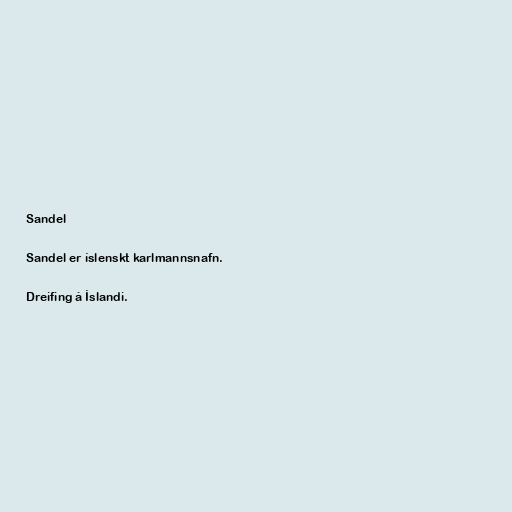
Sandel

Sandel er íslenskt karlmannsnafn.

Dreifing á Íslandi.